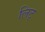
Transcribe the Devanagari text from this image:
लिट्‌